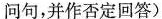
问句,并作否定回答 )